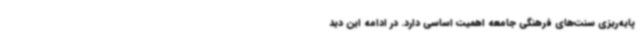
پایه‌ریزی سنت‌های فرهنگی جامعه اهمیت اساسی دارد. در ادامه این دید